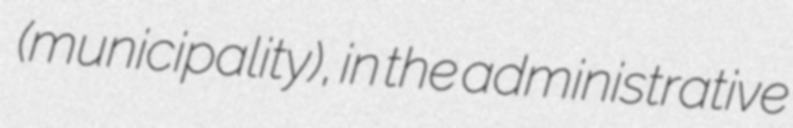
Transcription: (municipality), in the administrative